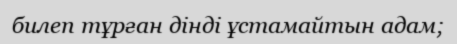
билеп тұрған дінді ұстамайтын адам;